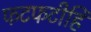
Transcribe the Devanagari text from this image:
फटफटीहि